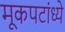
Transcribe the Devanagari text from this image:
मूकपटांध्ये